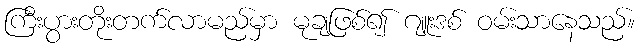
ကြီးပွားတိုးတက်လာမည်မှာ မုချဖြစ်၍ ဂျူးဒစ် ဝမ်းသာနေသည်။